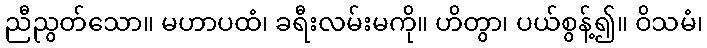
ညီညွတ်သော။ မဟာပထံ၊ ခရီးလမ်းမကို။ ဟိတွာ၊ ပယ်စွန့်၍။ ဝိသမံ၊